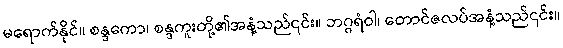
မရောက်နိုင်။ စန္ဒကော၊ စန္ဒကူးတို့၏အနံ့သည်၎င်း။ ဘဂ္ဂရံဝါ၊ တောင်ဇလပ်အနံ့သည်၎င်း။